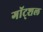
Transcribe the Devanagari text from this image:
गॉट्शल